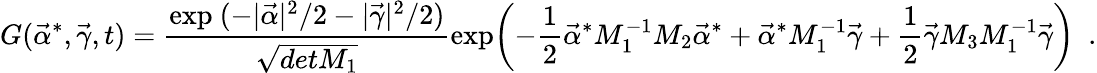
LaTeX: G(\vec{\alpha}^{\ast},\vec{\gamma},t)={\frac{\mathrm{exp}\ (-|\vec{\alpha}|^{2}/2-|\vec{\gamma}|^{2}/2)}{\sqrt{detM_{1}}}}\mathrm{exp}\biggl(-{\frac{1}{2}}\vec{\alpha}^{\ast}M_{1}^{-1}M_{2}\vec{\alpha}^{\ast}+\vec{\alpha}^{\ast}M_{1}^{-1}\vec{\gamma}+{\frac{1}{2}}\vec{\gamma}M_{3}M_{1}^{-1}\vec{\gamma}\biggr)\ \ .